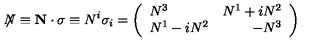
\not \! \! { N } \equiv { \bf N \cdot \sigma } \equiv N ^ { i } \sigma _ { i } = \left( \begin{array} { l r } { N ^ { 3 } } & { N ^ { 1 } + i N ^ { 2 } } \\ { N ^ { 1 } - i N ^ { 2 } } & { - N ^ { 3 } } \\ \end{array} \right)